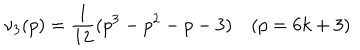
LaTeX: \nu _ { 3 } ( p ) = \frac { 1 } { 1 2 } ( p ^ { 3 } - p ^ { 2 } - p - 3 ) ~ ( p = 6 k + 3 )